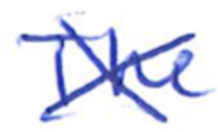
Text: The
Cross-out: cross
Writing tool: ballpoint